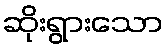
ဆိုးရွားသော